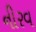
નીરવ